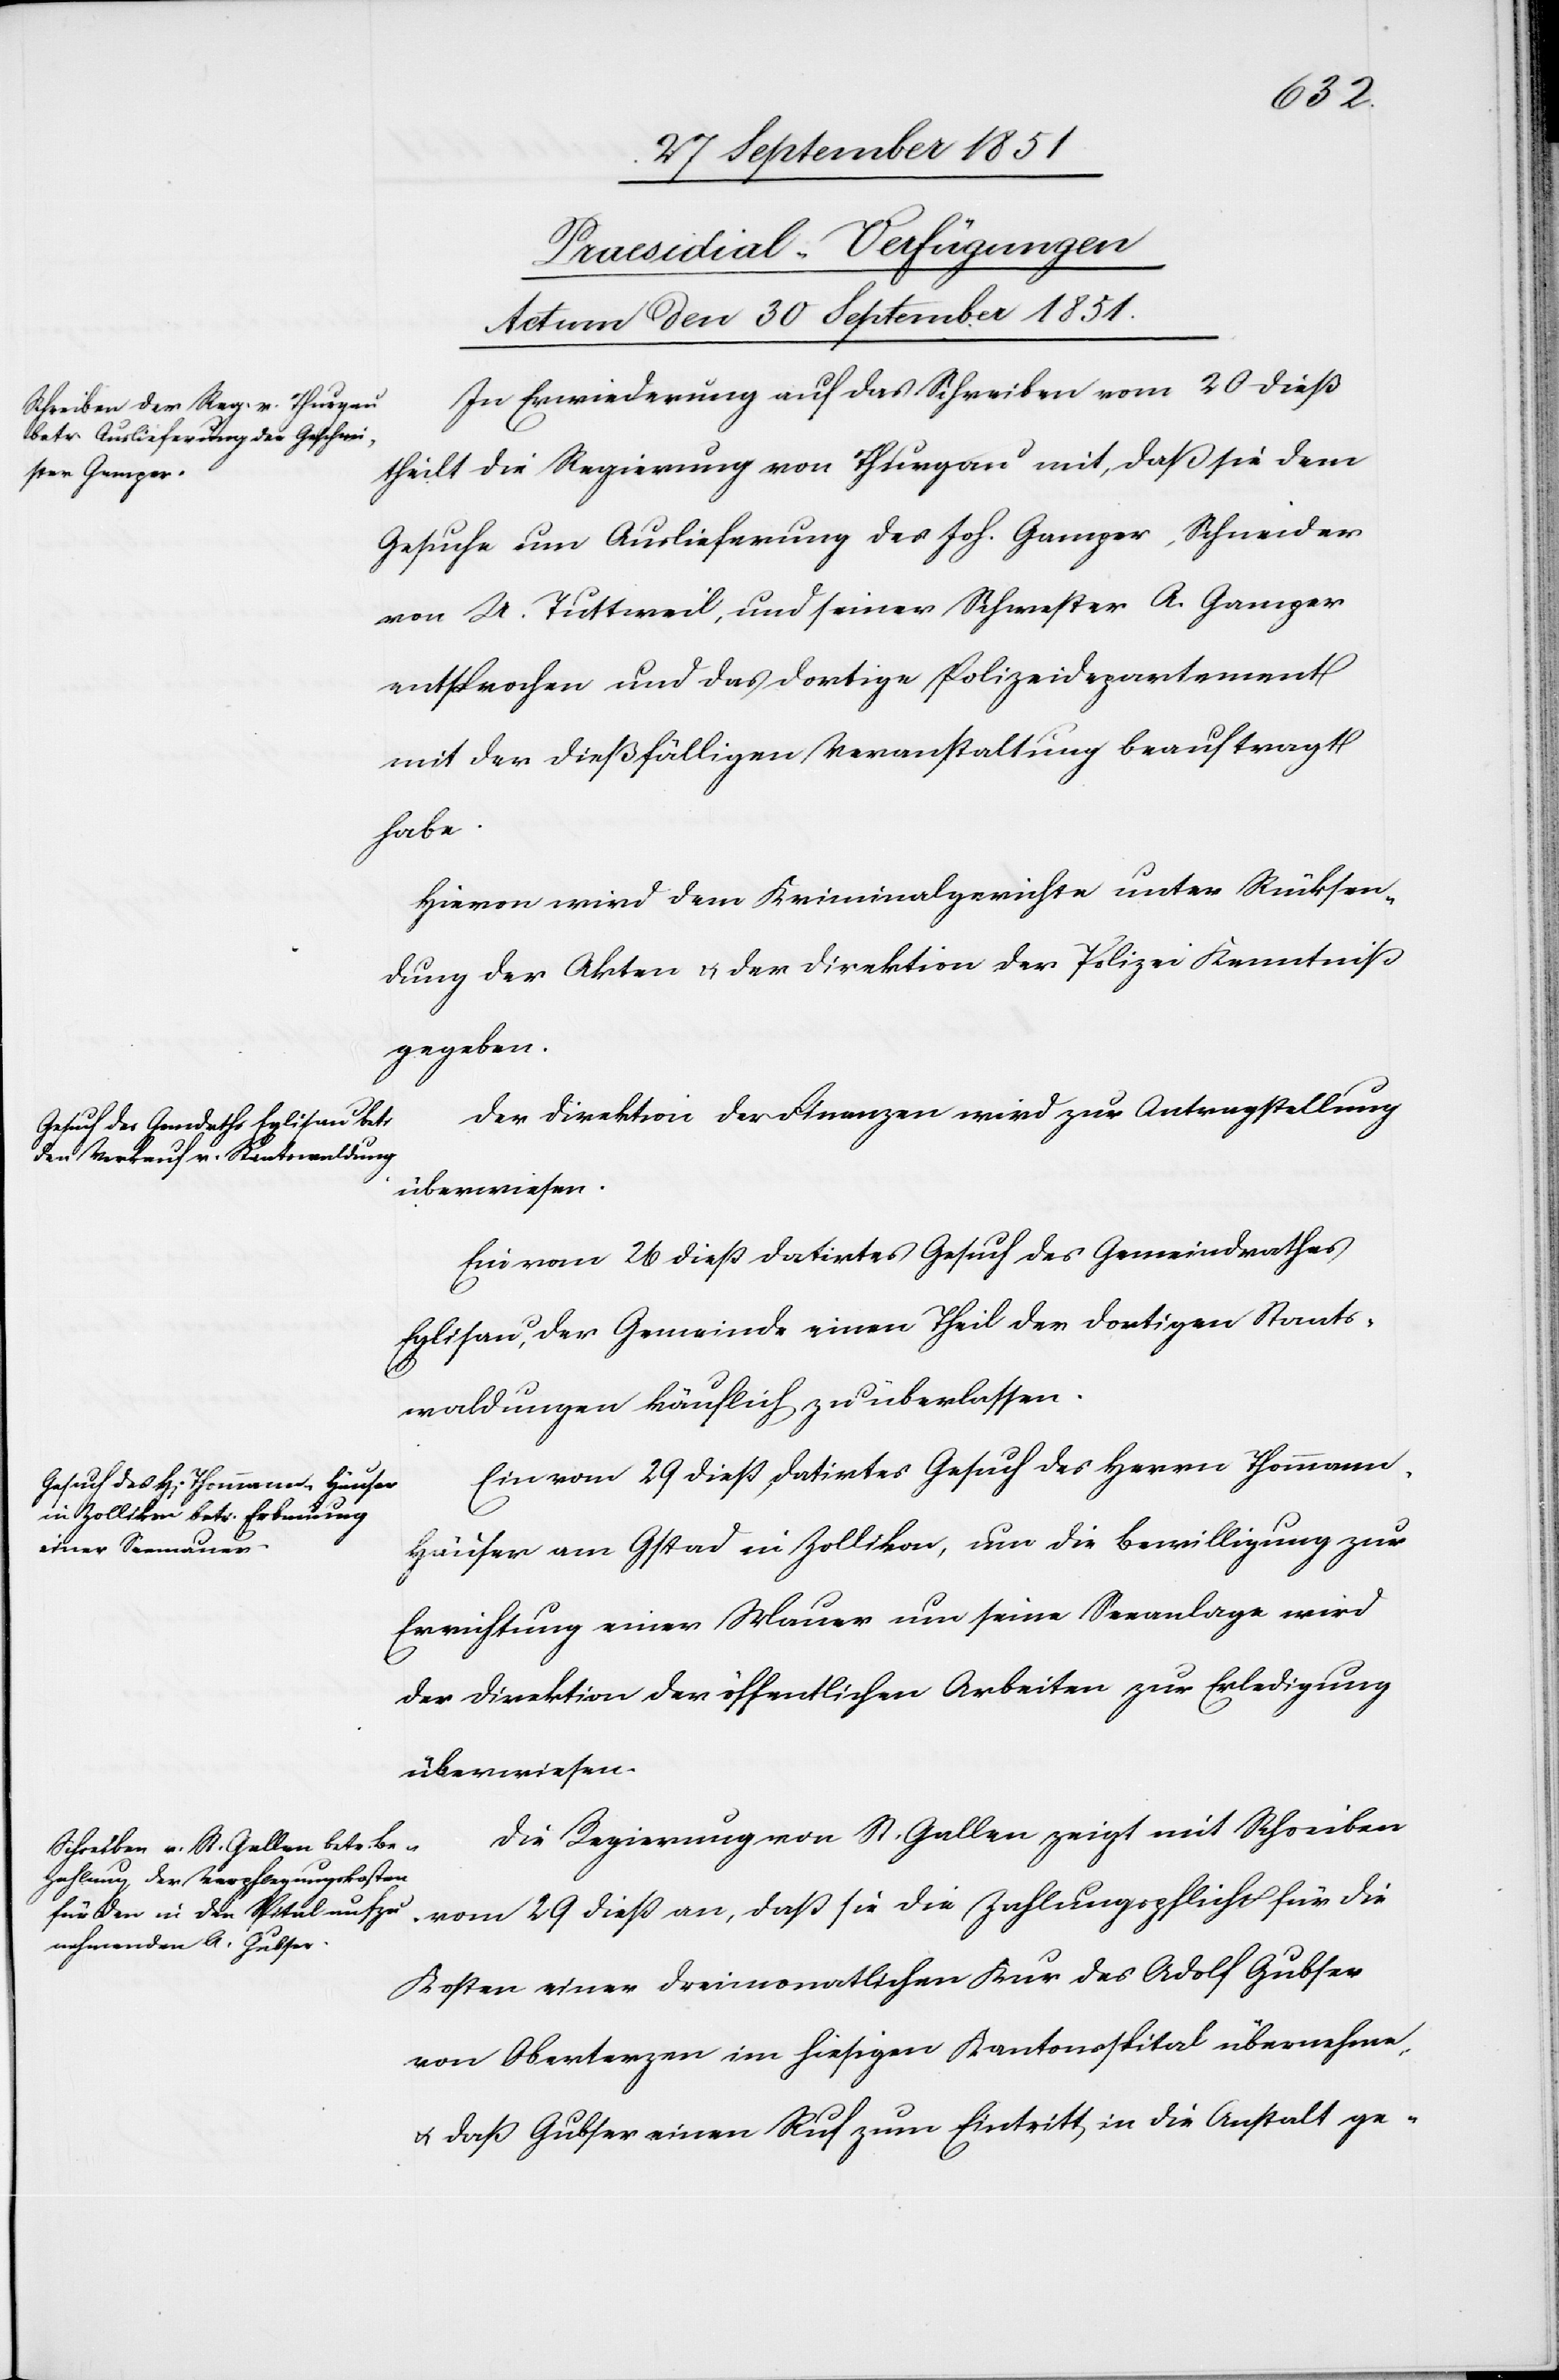
[Praesidial-Verfügungen
Actum den 30 September 1851.]
In Erwiederung auf das Schreiben vom 20 dieß
theilt die Regierung von Thurgau mit, daß sie dem
Gesuche um Auslieferung des Joh. Gamper, Schneider
von U. Tuttweil, und seiner Schwester A. Gamper
entsprochen und das dortige Polizeidepartement
mit der dießfälligen Veranstaltung beauftragt
habe.
Hievon wird dem Kriminalgerichte unter Rücksen¬
dung der Akten & der Direktion der Polizei Kenntniß
gegeben.
Der Direktion der Finanzen wird zur Antragstellung
überwiesen.
Ein vom 26 dieß datirtes Gesuch des Gemeindrathes
Eglisau, der Gemeinde einen Theil der dortigen Staats¬
waldungen käuflich zu überlassen.
Ein vom 29 dieß datirtes Gesuch des Herrn Thomman¬
n-Häuser am Gstad in Zollikon, um die Bewilligung zur
Errichtung einer Mauer um seine Seeanlage wird
der Direktion der öffentlichen Arbeiten zur Erledigung
überwiesen.
Die Regierung von St. Gallen zeigt mit Schreiben
vom 29 dieß an, daß sie die Zahlungspflicht für die
Kosten einer dreimonatlichen Kur des Adolf Gubser
von Oberterzen im hiesigen Kantonsspital übernehme,
& daß Gubser einen Ruf zum Eintritt in die Anstalt ge-